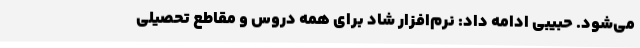
می‌شود. حبیبی ادامه داد: نرم‌افزار شاد برای همه دروس و مقاطع تحصیلی